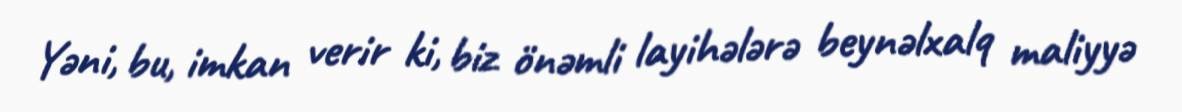
Yəni, bu, imkan verir ki, biz önəmli layihələrə beynəlxalq maliyyə